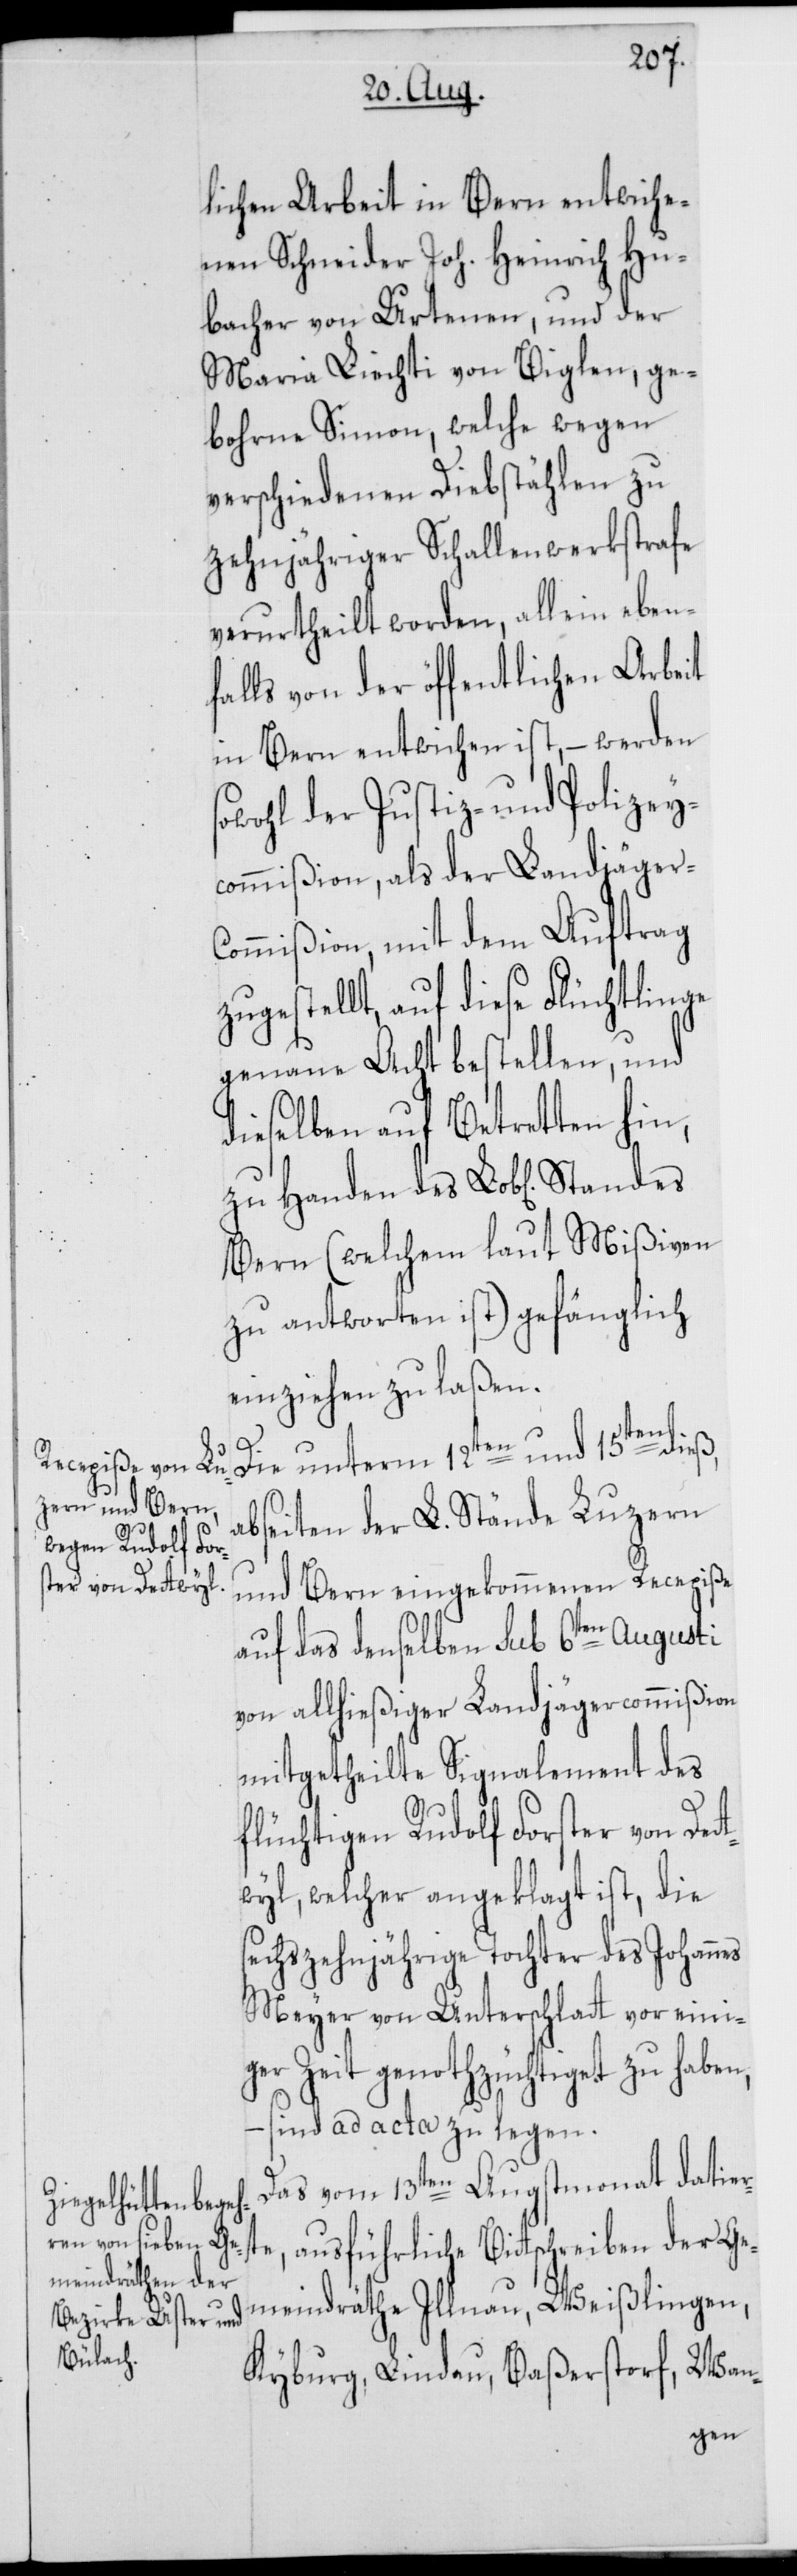
lichen Arbeit in Bern entwiche¬
nen Schneider Joh. Heinrich Hu¬
bacher von Urtenen, und der
Maria Liechti von Biglen, ge¬
bohrne Simon, welche wegen
verschiedenen Diebstählen zu
zehnjähriger Schallenwerkstrafe
verurtheilt worden, allein eben¬
falls von der öffentlichen Arbeit
in Bern entwichen ist, – werden
sowohl der Justiz- und Polizey¬
commißion, als der Landjäger-C¬
ommißion, mit dem Auftrag
zugestellt, auf diese Flüchtlinge
genaue Acht bestellen, und
dieselben auf Betretten hin,
zu Handen des Lob[lichen]
Bern (welchem laut Mißiven
zu antworten ist) gefänglich
einziehen zu laßen.
rte,
der
Die unterm 12ten und 15ten dieß,
bseiten der L. Stände Luzern
und Bern eingekommenen Recepiße
auf das denselben sub 6ten Augusti
von allhießiger Landjägercommißion
mitgetheilte Signalement des
flüchtiger Rudolf Forster von Det¬
twyl, welcher angeklagt ist, die
sechszehnjährige Tochter des Johann¬
Meyer von Unterschlatt vor eini¬
ger Zeit genothzüchtiget zu haben,
– sind ad acta zu legen.
Das vom 13ten Augstmonat datie¬
Gemeindräthe Illnau, Weißlingen,
Kyburg, Lindau, Baßersdorf, Wan-